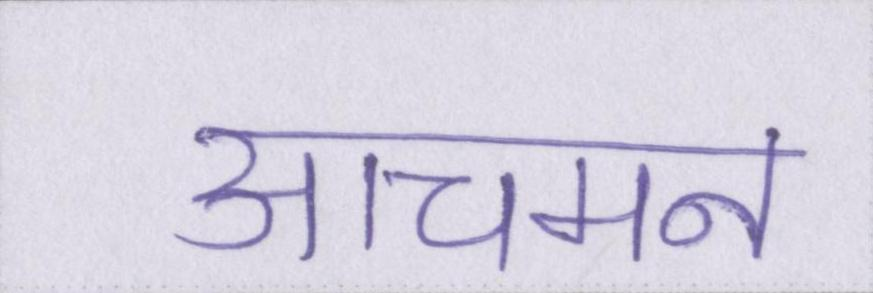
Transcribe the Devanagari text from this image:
आचमन